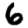
Digit: 6